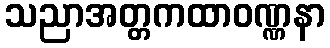
သညာအတ္တကထာဝဏ္ဏနာ